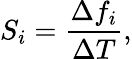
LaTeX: S_{i}=\frac{\Delta f_{i}}{\Delta T},